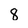
Character: 8